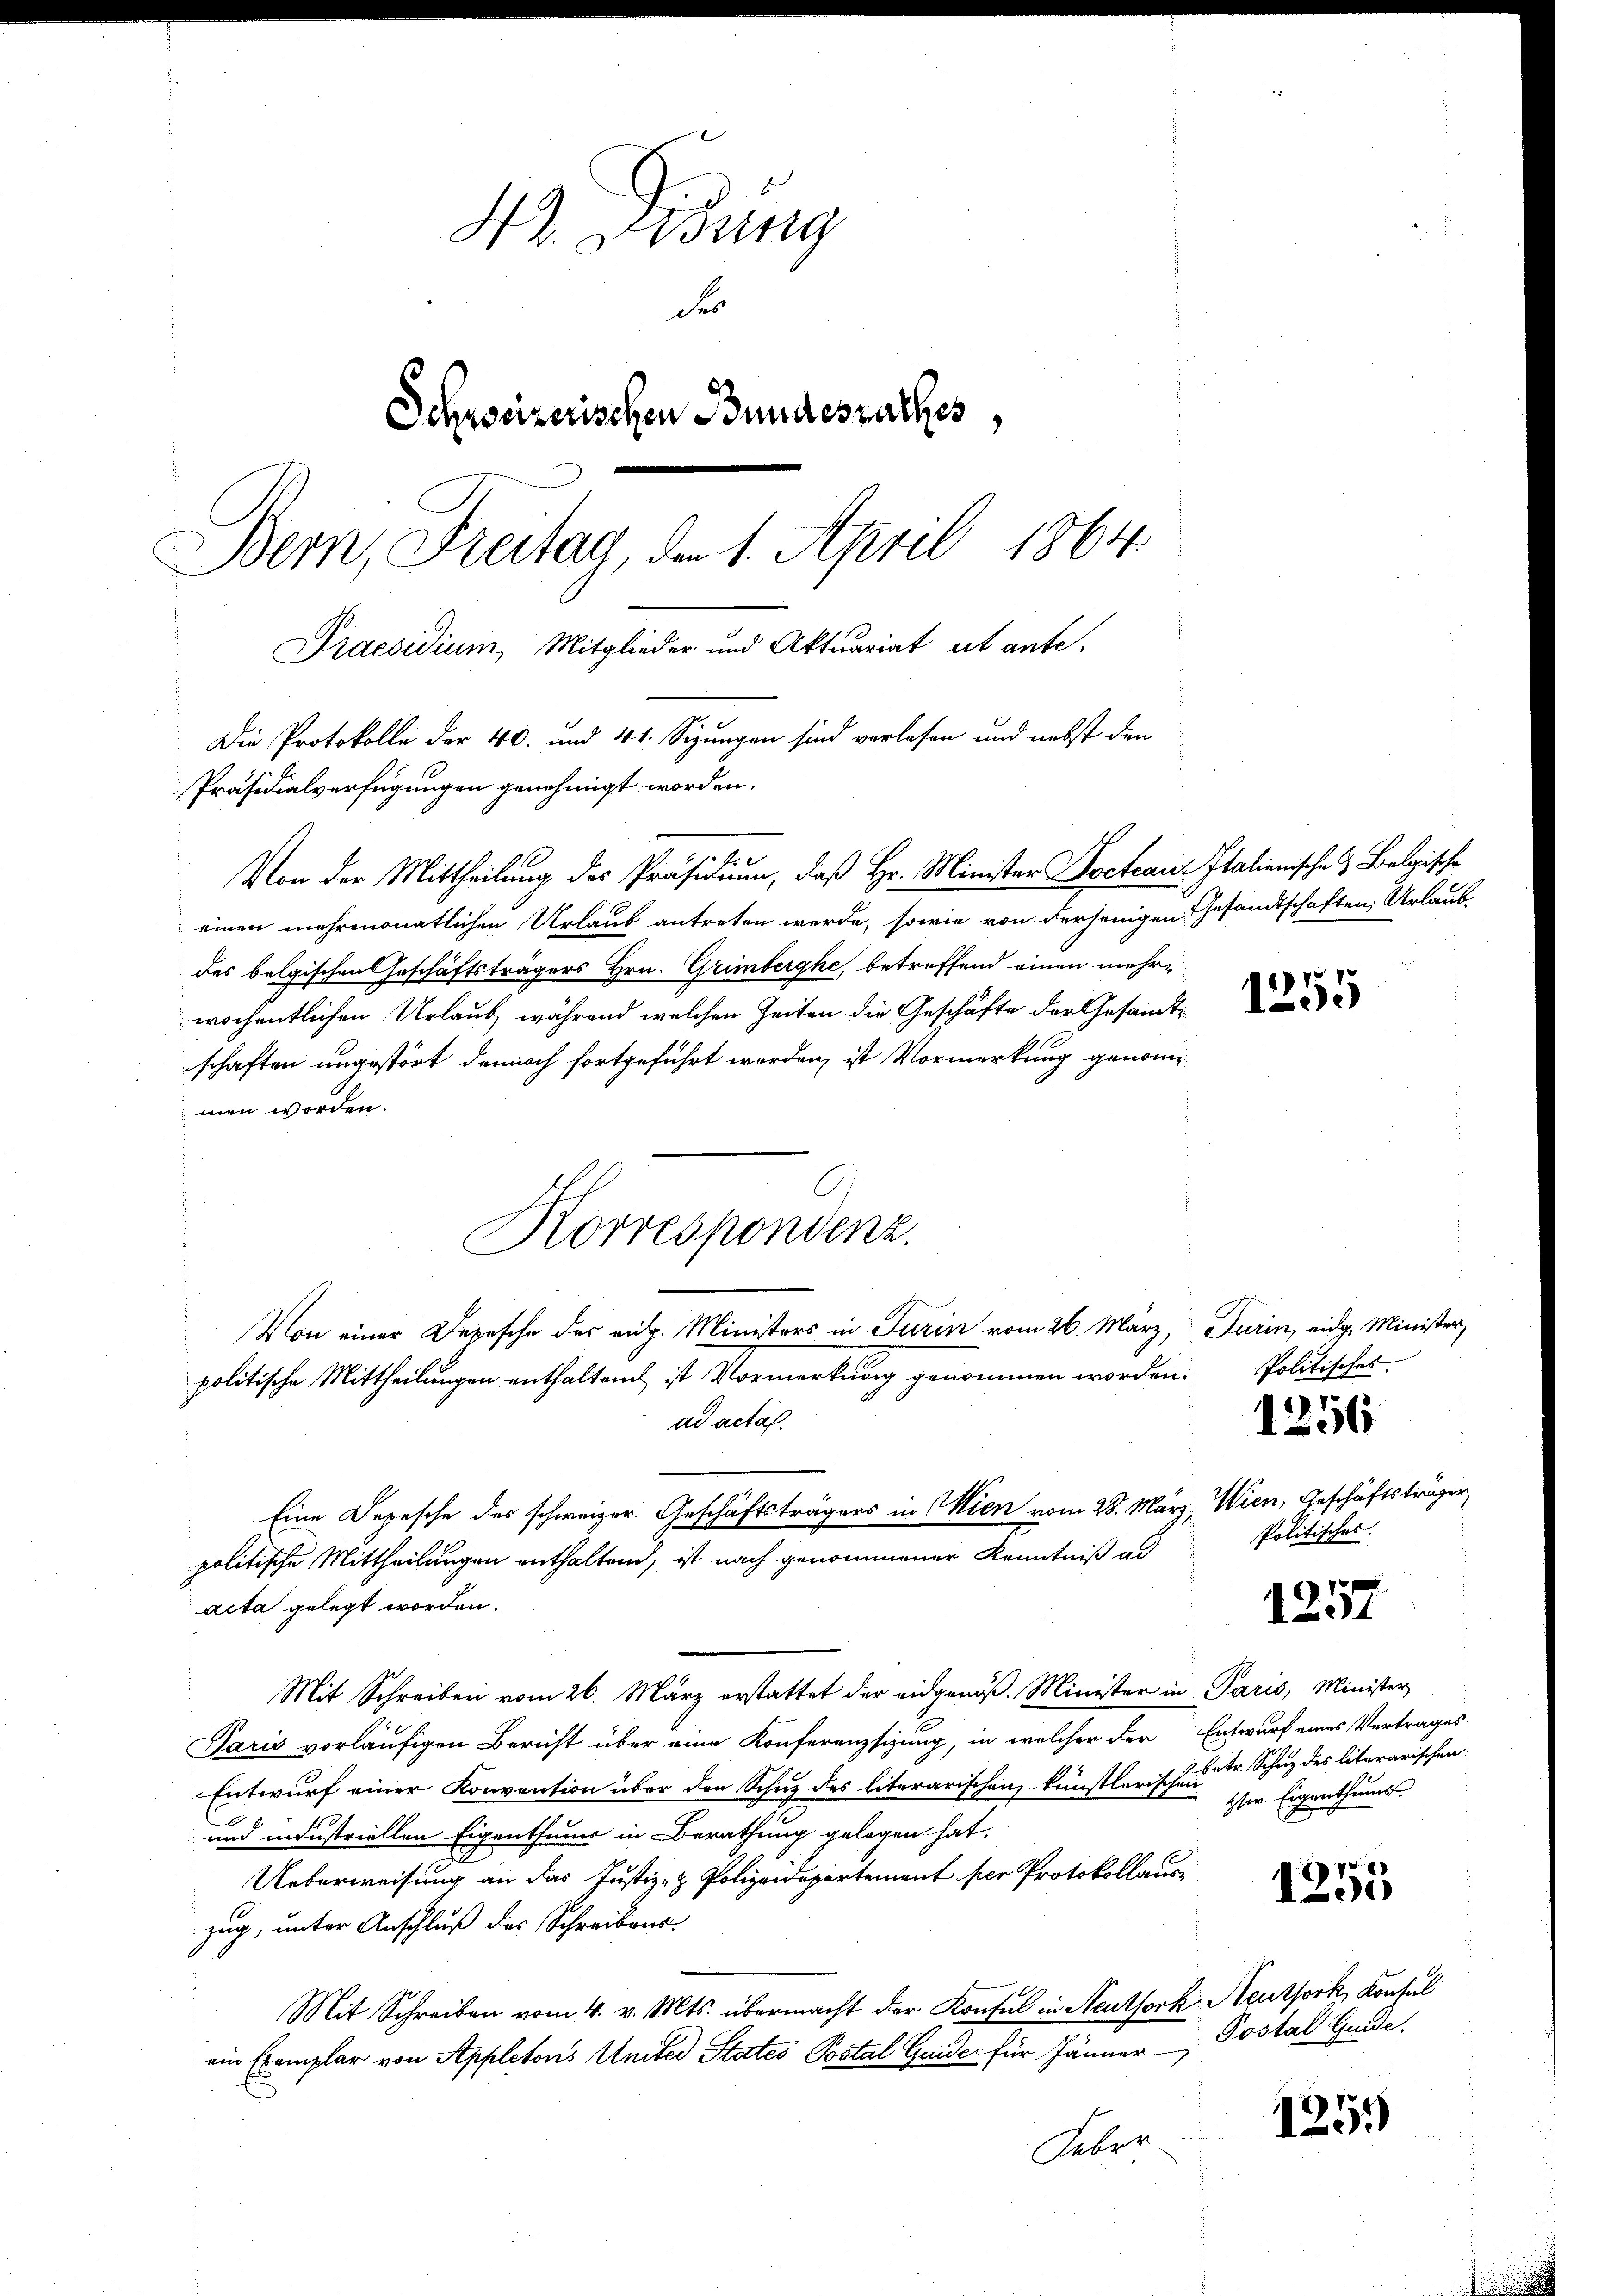
42. Didung
Fer
Schreizerischen Bundesrathes,
Bern, Freitag, den 1. April 1864
Praesidium, Mitglieder und Aktuariat et ante¬

einen mehrmonatlichen Urlaub antreten werde, sowie von derjenigen Gesandtschaften Urlaub
des belgischen Geschäftsträgers Hrn. Grimberghe, betreffend einen mehrwöchentlichen Urlaub, während welchen Zeiten die Geschäfte der Gesamte
schaften ungestört dennoch fortgeführt werden, ist Vormerkung genommen worden.
Von einer Depesche des eit. Ministers in Turin vom 26. März, Turin, eidg. Minister,
politische Mittheilungen enthaltend ist Vormerkung genommen worden. Politisches
ad actal.
Eine Depesche des schweizer. Geschäftsträgers in Wien vom 28. März, Wien, Geschäftsträger,
politische Mittheilungen enthaltend, ist nach genommener Kenntniß ad
acta gelegt worden.
Mit Schreiben vom 26. März erstattet der eidgenoß. Minister in Paris, Minister,
Paris vorläufigen Bericht über eine Konferenzsizung, in welcher der Entwurf eines Vertrages
Entwurf einer Konvention über den Schutz des literarischen, künstlerische u. dr. Schuz des litararischen
und industriellen Eigenthums in Berathung gelegen hat.
Ueberweisung an das Justiz- & Polizeidepartement per Protokollaus-
zug, unter Anschluß des Schreibens
Mit Schreiben vom 4. v. Mts. übermacht der Konsul in Neuthork Neuthork, Konsul
ein Exemplar von Appletons Unter States Postal Guide für Jänner
Feber

Die Protokolle der 40. und 41. Sizungen sind verlesen und nebst den
Präsidialverfügungen genehmigt worden.
Von der Mittheilung des Präsidium, daß Hr. Minister Docteau Italienische & Belgische

Korrespondenz.

1257

1256

Politisches.

ter. Eigenthums.

1255

Postal Guide.

1251